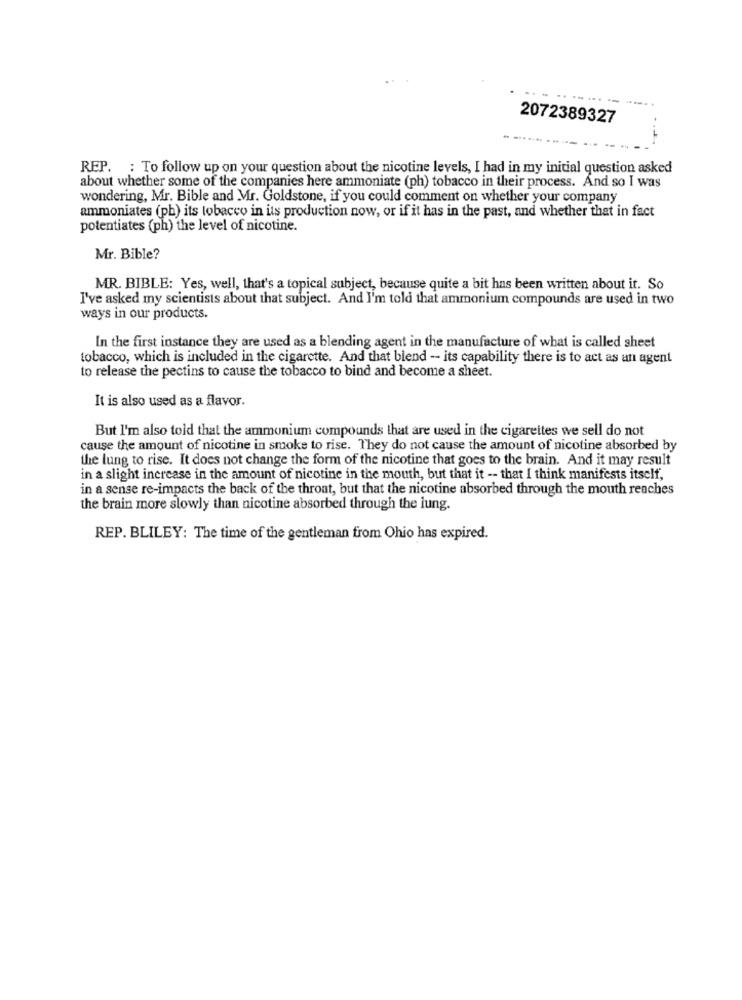
-----
2072389327
REP. : To follow up on your question about the nicotine levels, I had in my initial question asked
about whether some of the companies here ammoniate (ph) tobacco in their process. And so I was
wondering, Mr. Bible and Mr. Goldstone, if you could comment on whether your company
ammoniates (pb) its tobacco in its production now, or if it has in the past, and whether that in fact
potentiates (ph) the level of nicotine.
Mr. Bible?
MR. BIBLE: Yes, well, that's a topical subject, because quite a bit has been written about it. So
I've asked my scientists about that subject. And I'm told that ammonium compounds are used in two
ways in our products.
In the first instance they are used as a blending agent in the manufacture of what is called sheet
tobacco, which is included in the cigarette. And that blend - its capability there is to act as an agent
to release the pectins to cause the tobacco to bind and become a sheet.
It is also used as a flavor.
But I'm also told that the ammonium compounds that are used in the cigarettes we sell do not
cause the amount of nicotine in smoke to rise. They do not cause the amount of nicotine absorbed by
the lung to rise. It does not change the form of the nicotine that goes to the brain. And it may result
in a slight increase in the amount of nicotine in the mouth, but that it -- that I think manifests itself,
in a sense re-impacts the back of the throat, but that the nicotine absorbed through the mouth reaches
the brain more slowly than nicotine absorbed through the lung.
REP. BLILEY: The time of the gentleman from Ohio has expired.